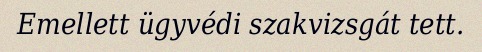
Emellett ügyvédi szakvizsgát tett.